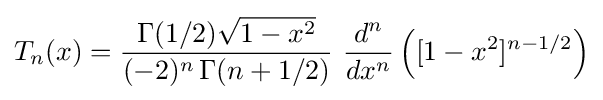
T_{n}(x)={\frac {\Gamma (1/2){\sqrt {1-x^{2}}}}{(-2)^{n}\,\Gamma (n+1/2)}}\ {\frac {d^{n}}{dx^{n}}}\left([1-x^{2}]^{n-1/2}\right)